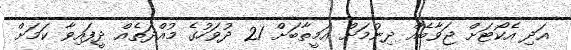
އަދި އެކޯޓަށް ޖަވާބެއް ދިނުމަށް އަމީތާބަށް 21 ދުވަހުގެ މުއްދަތެއް ދީފައިވާ ކަމަށް